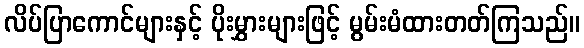
လိပ်ပြာကောင်များနှင့် ပိုးမွှားများဖြင့် မွမ်းမံထားတတ်ကြသည်။